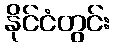
နိုင်ငံတွင်း